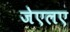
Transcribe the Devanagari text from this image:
जेएलए